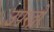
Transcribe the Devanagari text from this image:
उपरत्नो